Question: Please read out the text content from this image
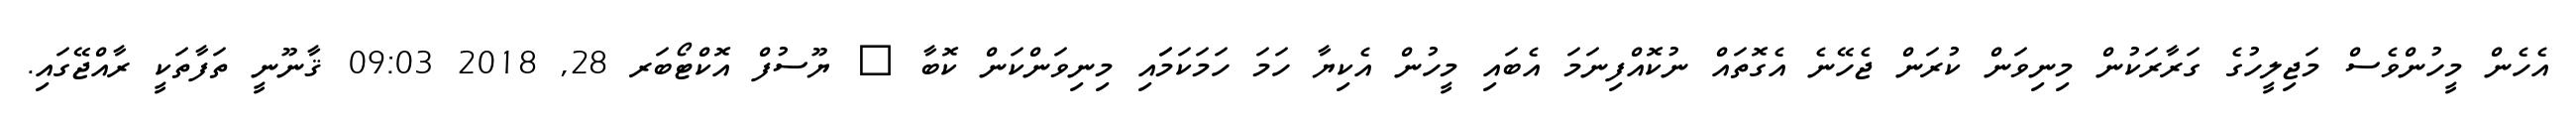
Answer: އެހެން މީހުންވެސް މަޖިލީހުގެ ގަރާރަކުން މިނިވަން ކުރަން ޖެހޭނެ އެގޮތައް ނުކޮއްފިނަމަ އެބައި މީހުން އެކިޔާ ހަމަ ހަމަކަމަައި މިނިވަންކަން ކޮބާ ? ޔޫސުފް އޮކްޓޯބަރ 28, 2018 09:03 ޤާނޫނީ ތަފާތަކީ ރާއްޖޭގައި.